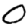
Digit: 0